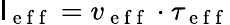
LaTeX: \mathsf{l}_{\mathrm{{~e~f~f~}}}=v_{\mathrm{{~e~f~f~}}}\cdot\tau_{\mathrm{{~e~f~f~}}}